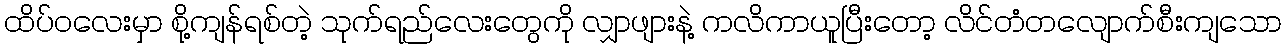
ထိပ်ဝလေးမှာ စို့ကျန်ရစ်တဲ့ သုက်ရည်လေးတွေကို လျှာဖျားနဲ့ ကလိကာယူပြီးတော့ လိင်တံတလျောက်စီးကျသော